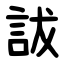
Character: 詙